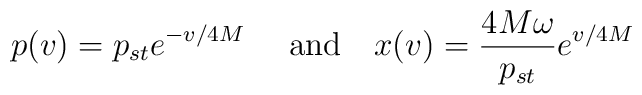
p(v) = p_{st} e^{- v/4M} \quad \mbox{ and} \quad x(v) = {4 M \omega \over p_{st}}e^{v/4M}